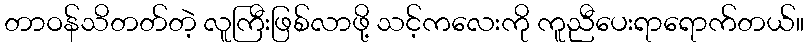
တာဝန်သိတတ်တဲ့ လူကြီးဖြစ်လာဖို့ သင့်ကလေးကို ကူညီပေးရာရောက်တယ်။